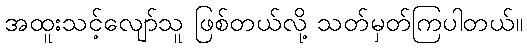
အထူးသင့်လျော်သူ ဖြစ်တယ်လို့ သတ်မှတ်ကြပါတယ်။